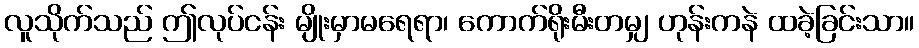
လူသိုက်သည် ဤလုပ်ငန်း မျိုးမှာမရေရာ၊ ကောက်ရိုးမီးတမျှ ဟုန်းကနဲ ထခဲ့ခြင်းသာ။